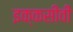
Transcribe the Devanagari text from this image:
इक्कसीवीं